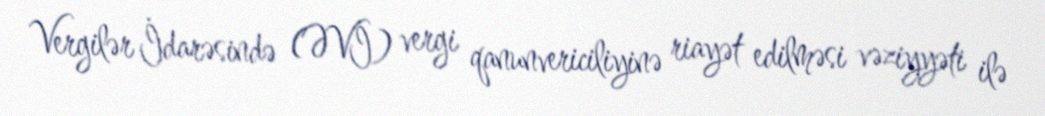
Vergilər İdarəsində (ƏVİ) vergi qanunvericiliyinə riayət edilməsi vəziyyəti ilə